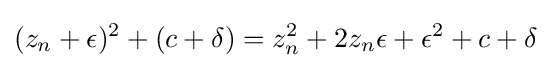
(z_{n}+\epsilon )^{2}+(c+\delta )=z_{n}^{2}+2z_{n}\epsilon +\epsilon ^{2}+c+\delta